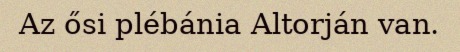
Az ősi plébánia Altorján van.